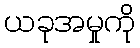
ယခုအမှုကို